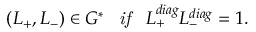
( L _ { + } , L _ { - } ) \in G ^ { * } \; \; \; \mathrm { \it { i f } } \; \; \; L _ { + } ^ { d i a g } L _ { - } ^ { d i a g } = 1 .